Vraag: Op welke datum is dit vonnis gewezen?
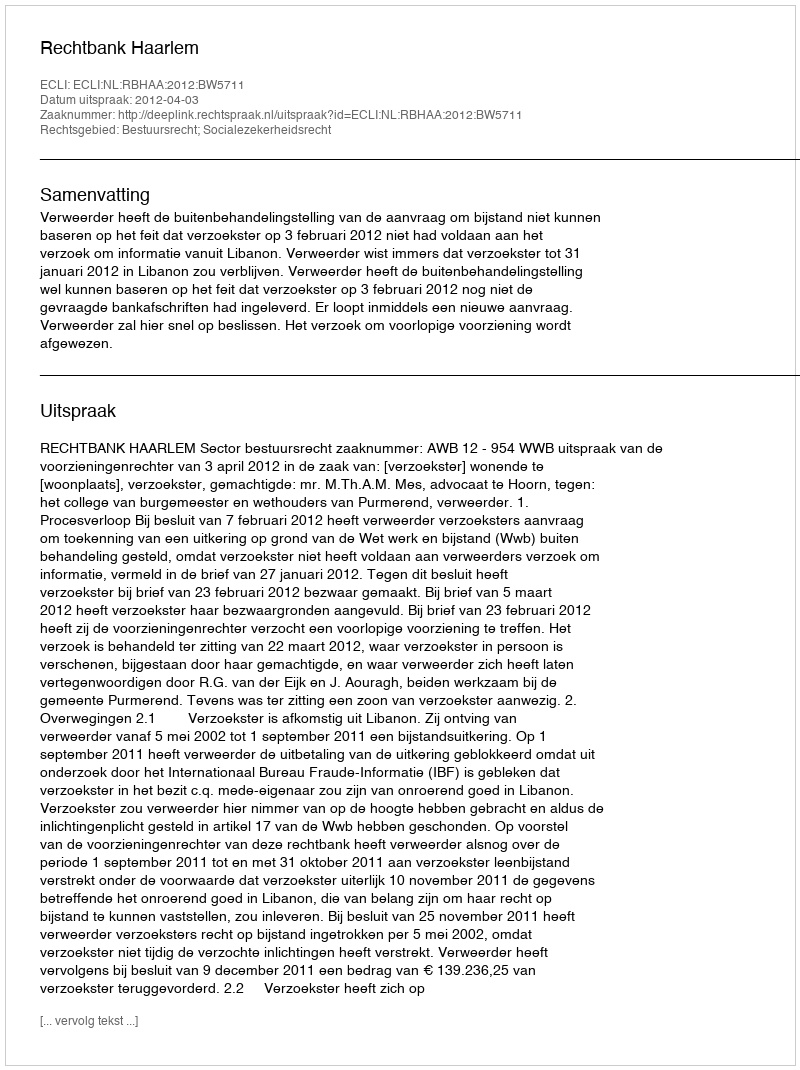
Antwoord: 2012-04-03